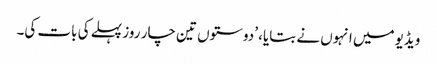
ویڈیو میں انہوں نے بتایا، ’دوستوں تین چار روز پہلے کی بات کی۔